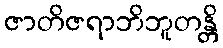
ဇာတိဇရာဘိဘူတန္တိ